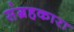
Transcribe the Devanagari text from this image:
संग्रहकारा